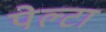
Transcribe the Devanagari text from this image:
पेल्टा